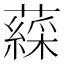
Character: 𧀊